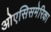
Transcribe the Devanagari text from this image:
ओएसिसमेरिका